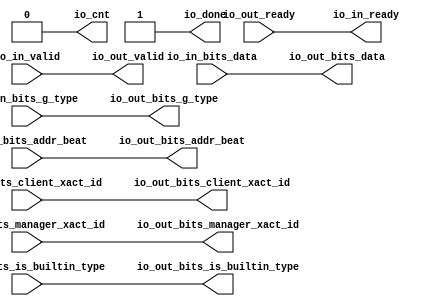
// This program was cloned from: https://github.com/NYU-MLDA/OpenABC
// License: BSD 3-Clause "New" or "Revised" License

module FlowThroughSerializer
(
  io_in_ready,
  io_in_valid,
  io_in_bits_addr_beat,
  io_in_bits_client_xact_id,
  io_in_bits_manager_xact_id,
  io_in_bits_is_builtin_type,
  io_in_bits_g_type,
  io_in_bits_data,
  io_out_ready,
  io_out_valid,
  io_out_bits_addr_beat,
  io_out_bits_client_xact_id,
  io_out_bits_manager_xact_id,
  io_out_bits_is_builtin_type,
  io_out_bits_g_type,
  io_out_bits_data,
  io_cnt,
  io_done
);

  input [1:0] io_in_bits_addr_beat;
  input [5:0] io_in_bits_client_xact_id;
  input [3:0] io_in_bits_manager_xact_id;
  input [3:0] io_in_bits_g_type;
  input [127:0] io_in_bits_data;
  output [1:0] io_out_bits_addr_beat;
  output [5:0] io_out_bits_client_xact_id;
  output [3:0] io_out_bits_manager_xact_id;
  output [3:0] io_out_bits_g_type;
  output [127:0] io_out_bits_data;
  input io_in_valid;
  input io_in_bits_is_builtin_type;
  input io_out_ready;
  output io_in_ready;
  output io_out_valid;
  output io_out_bits_is_builtin_type;
  output io_cnt;
  output io_done;
  wire [1:0] io_out_bits_addr_beat;
  wire [5:0] io_out_bits_client_xact_id;
  wire [3:0] io_out_bits_manager_xact_id,io_out_bits_g_type;
  wire [127:0] io_out_bits_data;
  wire io_in_ready,io_out_valid,io_out_bits_is_builtin_type,io_cnt,io_done,
  io_out_ready,io_in_valid,io_in_bits_is_builtin_type;
  assign io_done = 1'b1;
  assign io_cnt = 1'b0;
  assign io_in_ready = io_out_ready;
  assign io_out_valid = io_in_valid;
  assign io_out_bits_addr_beat[1] = io_in_bits_addr_beat[1];
  assign io_out_bits_addr_beat[0] = io_in_bits_addr_beat[0];
  assign io_out_bits_client_xact_id[5] = io_in_bits_client_xact_id[5];
  assign io_out_bits_client_xact_id[4] = io_in_bits_client_xact_id[4];
  assign io_out_bits_client_xact_id[3] = io_in_bits_client_xact_id[3];
  assign io_out_bits_client_xact_id[2] = io_in_bits_client_xact_id[2];
  assign io_out_bits_client_xact_id[1] = io_in_bits_client_xact_id[1];
  assign io_out_bits_client_xact_id[0] = io_in_bits_client_xact_id[0];
  assign io_out_bits_manager_xact_id[3] = io_in_bits_manager_xact_id[3];
  assign io_out_bits_manager_xact_id[2] = io_in_bits_manager_xact_id[2];
  assign io_out_bits_manager_xact_id[1] = io_in_bits_manager_xact_id[1];
  assign io_out_bits_manager_xact_id[0] = io_in_bits_manager_xact_id[0];
  assign io_out_bits_is_builtin_type = io_in_bits_is_builtin_type;
  assign io_out_bits_g_type[3] = io_in_bits_g_type[3];
  assign io_out_bits_g_type[2] = io_in_bits_g_type[2];
  assign io_out_bits_g_type[1] = io_in_bits_g_type[1];
  assign io_out_bits_g_type[0] = io_in_bits_g_type[0];
  assign io_out_bits_data[127] = io_in_bits_data[127];
  assign io_out_bits_data[126] = io_in_bits_data[126];
  assign io_out_bits_data[125] = io_in_bits_data[125];
  assign io_out_bits_data[124] = io_in_bits_data[124];
  assign io_out_bits_data[123] = io_in_bits_data[123];
  assign io_out_bits_data[122] = io_in_bits_data[122];
  assign io_out_bits_data[121] = io_in_bits_data[121];
  assign io_out_bits_data[120] = io_in_bits_data[120];
  assign io_out_bits_data[119] = io_in_bits_data[119];
  assign io_out_bits_data[118] = io_in_bits_data[118];
  assign io_out_bits_data[117] = io_in_bits_data[117];
  assign io_out_bits_data[116] = io_in_bits_data[116];
  assign io_out_bits_data[115] = io_in_bits_data[115];
  assign io_out_bits_data[114] = io_in_bits_data[114];
  assign io_out_bits_data[113] = io_in_bits_data[113];
  assign io_out_bits_data[112] = io_in_bits_data[112];
  assign io_out_bits_data[111] = io_in_bits_data[111];
  assign io_out_bits_data[110] = io_in_bits_data[110];
  assign io_out_bits_data[109] = io_in_bits_data[109];
  assign io_out_bits_data[108] = io_in_bits_data[108];
  assign io_out_bits_data[107] = io_in_bits_data[107];
  assign io_out_bits_data[106] = io_in_bits_data[106];
  assign io_out_bits_data[105] = io_in_bits_data[105];
  assign io_out_bits_data[104] = io_in_bits_data[104];
  assign io_out_bits_data[103] = io_in_bits_data[103];
  assign io_out_bits_data[102] = io_in_bits_data[102];
  assign io_out_bits_data[101] = io_in_bits_data[101];
  assign io_out_bits_data[100] = io_in_bits_data[100];
  assign io_out_bits_data[99] = io_in_bits_data[99];
  assign io_out_bits_data[98] = io_in_bits_data[98];
  assign io_out_bits_data[97] = io_in_bits_data[97];
  assign io_out_bits_data[96] = io_in_bits_data[96];
  assign io_out_bits_data[95] = io_in_bits_data[95];
  assign io_out_bits_data[94] = io_in_bits_data[94];
  assign io_out_bits_data[93] = io_in_bits_data[93];
  assign io_out_bits_data[92] = io_in_bits_data[92];
  assign io_out_bits_data[91] = io_in_bits_data[91];
  assign io_out_bits_data[90] = io_in_bits_data[90];
  assign io_out_bits_data[89] = io_in_bits_data[89];
  assign io_out_bits_data[88] = io_in_bits_data[88];
  assign io_out_bits_data[87] = io_in_bits_data[87];
  assign io_out_bits_data[86] = io_in_bits_data[86];
  assign io_out_bits_data[85] = io_in_bits_data[85];
  assign io_out_bits_data[84] = io_in_bits_data[84];
  assign io_out_bits_data[83] = io_in_bits_data[83];
  assign io_out_bits_data[82] = io_in_bits_data[82];
  assign io_out_bits_data[81] = io_in_bits_data[81];
  assign io_out_bits_data[80] = io_in_bits_data[80];
  assign io_out_bits_data[79] = io_in_bits_data[79];
  assign io_out_bits_data[78] = io_in_bits_data[78];
  assign io_out_bits_data[77] = io_in_bits_data[77];
  assign io_out_bits_data[76] = io_in_bits_data[76];
  assign io_out_bits_data[75] = io_in_bits_data[75];
  assign io_out_bits_data[74] = io_in_bits_data[74];
  assign io_out_bits_data[73] = io_in_bits_data[73];
  assign io_out_bits_data[72] = io_in_bits_data[72];
  assign io_out_bits_data[71] = io_in_bits_data[71];
  assign io_out_bits_data[70] = io_in_bits_data[70];
  assign io_out_bits_data[69] = io_in_bits_data[69];
  assign io_out_bits_data[68] = io_in_bits_data[68];
  assign io_out_bits_data[67] = io_in_bits_data[67];
  assign io_out_bits_data[66] = io_in_bits_data[66];
  assign io_out_bits_data[65] = io_in_bits_data[65];
  assign io_out_bits_data[64] = io_in_bits_data[64];
  assign io_out_bits_data[63] = io_in_bits_data[63];
  assign io_out_bits_data[62] = io_in_bits_data[62];
  assign io_out_bits_data[61] = io_in_bits_data[61];
  assign io_out_bits_data[60] = io_in_bits_data[60];
  assign io_out_bits_data[59] = io_in_bits_data[59];
  assign io_out_bits_data[58] = io_in_bits_data[58];
  assign io_out_bits_data[57] = io_in_bits_data[57];
  assign io_out_bits_data[56] = io_in_bits_data[56];
  assign io_out_bits_data[55] = io_in_bits_data[55];
  assign io_out_bits_data[54] = io_in_bits_data[54];
  assign io_out_bits_data[53] = io_in_bits_data[53];
  assign io_out_bits_data[52] = io_in_bits_data[52];
  assign io_out_bits_data[51] = io_in_bits_data[51];
  assign io_out_bits_data[50] = io_in_bits_data[50];
  assign io_out_bits_data[49] = io_in_bits_data[49];
  assign io_out_bits_data[48] = io_in_bits_data[48];
  assign io_out_bits_data[47] = io_in_bits_data[47];
  assign io_out_bits_data[46] = io_in_bits_data[46];
  assign io_out_bits_data[45] = io_in_bits_data[45];
  assign io_out_bits_data[44] = io_in_bits_data[44];
  assign io_out_bits_data[43] = io_in_bits_data[43];
  assign io_out_bits_data[42] = io_in_bits_data[42];
  assign io_out_bits_data[41] = io_in_bits_data[41];
  assign io_out_bits_data[40] = io_in_bits_data[40];
  assign io_out_bits_data[39] = io_in_bits_data[39];
  assign io_out_bits_data[38] = io_in_bits_data[38];
  assign io_out_bits_data[37] = io_in_bits_data[37];
  assign io_out_bits_data[36] = io_in_bits_data[36];
  assign io_out_bits_data[35] = io_in_bits_data[35];
  assign io_out_bits_data[34] = io_in_bits_data[34];
  assign io_out_bits_data[33] = io_in_bits_data[33];
  assign io_out_bits_data[32] = io_in_bits_data[32];
  assign io_out_bits_data[31] = io_in_bits_data[31];
  assign io_out_bits_data[30] = io_in_bits_data[30];
  assign io_out_bits_data[29] = io_in_bits_data[29];
  assign io_out_bits_data[28] = io_in_bits_data[28];
  assign io_out_bits_data[27] = io_in_bits_data[27];
  assign io_out_bits_data[26] = io_in_bits_data[26];
  assign io_out_bits_data[25] = io_in_bits_data[25];
  assign io_out_bits_data[24] = io_in_bits_data[24];
  assign io_out_bits_data[23] = io_in_bits_data[23];
  assign io_out_bits_data[22] = io_in_bits_data[22];
  assign io_out_bits_data[21] = io_in_bits_data[21];
  assign io_out_bits_data[20] = io_in_bits_data[20];
  assign io_out_bits_data[19] = io_in_bits_data[19];
  assign io_out_bits_data[18] = io_in_bits_data[18];
  assign io_out_bits_data[17] = io_in_bits_data[17];
  assign io_out_bits_data[16] = io_in_bits_data[16];
  assign io_out_bits_data[15] = io_in_bits_data[15];
  assign io_out_bits_data[14] = io_in_bits_data[14];
  assign io_out_bits_data[13] = io_in_bits_data[13];
  assign io_out_bits_data[12] = io_in_bits_data[12];
  assign io_out_bits_data[11] = io_in_bits_data[11];
  assign io_out_bits_data[10] = io_in_bits_data[10];
  assign io_out_bits_data[9] = io_in_bits_data[9];
  assign io_out_bits_data[8] = io_in_bits_data[8];
  assign io_out_bits_data[7] = io_in_bits_data[7];
  assign io_out_bits_data[6] = io_in_bits_data[6];
  assign io_out_bits_data[5] = io_in_bits_data[5];
  assign io_out_bits_data[4] = io_in_bits_data[4];
  assign io_out_bits_data[3] = io_in_bits_data[3];
  assign io_out_bits_data[2] = io_in_bits_data[2];
  assign io_out_bits_data[1] = io_in_bits_data[1];
  assign io_out_bits_data[0] = io_in_bits_data[0];

endmodule